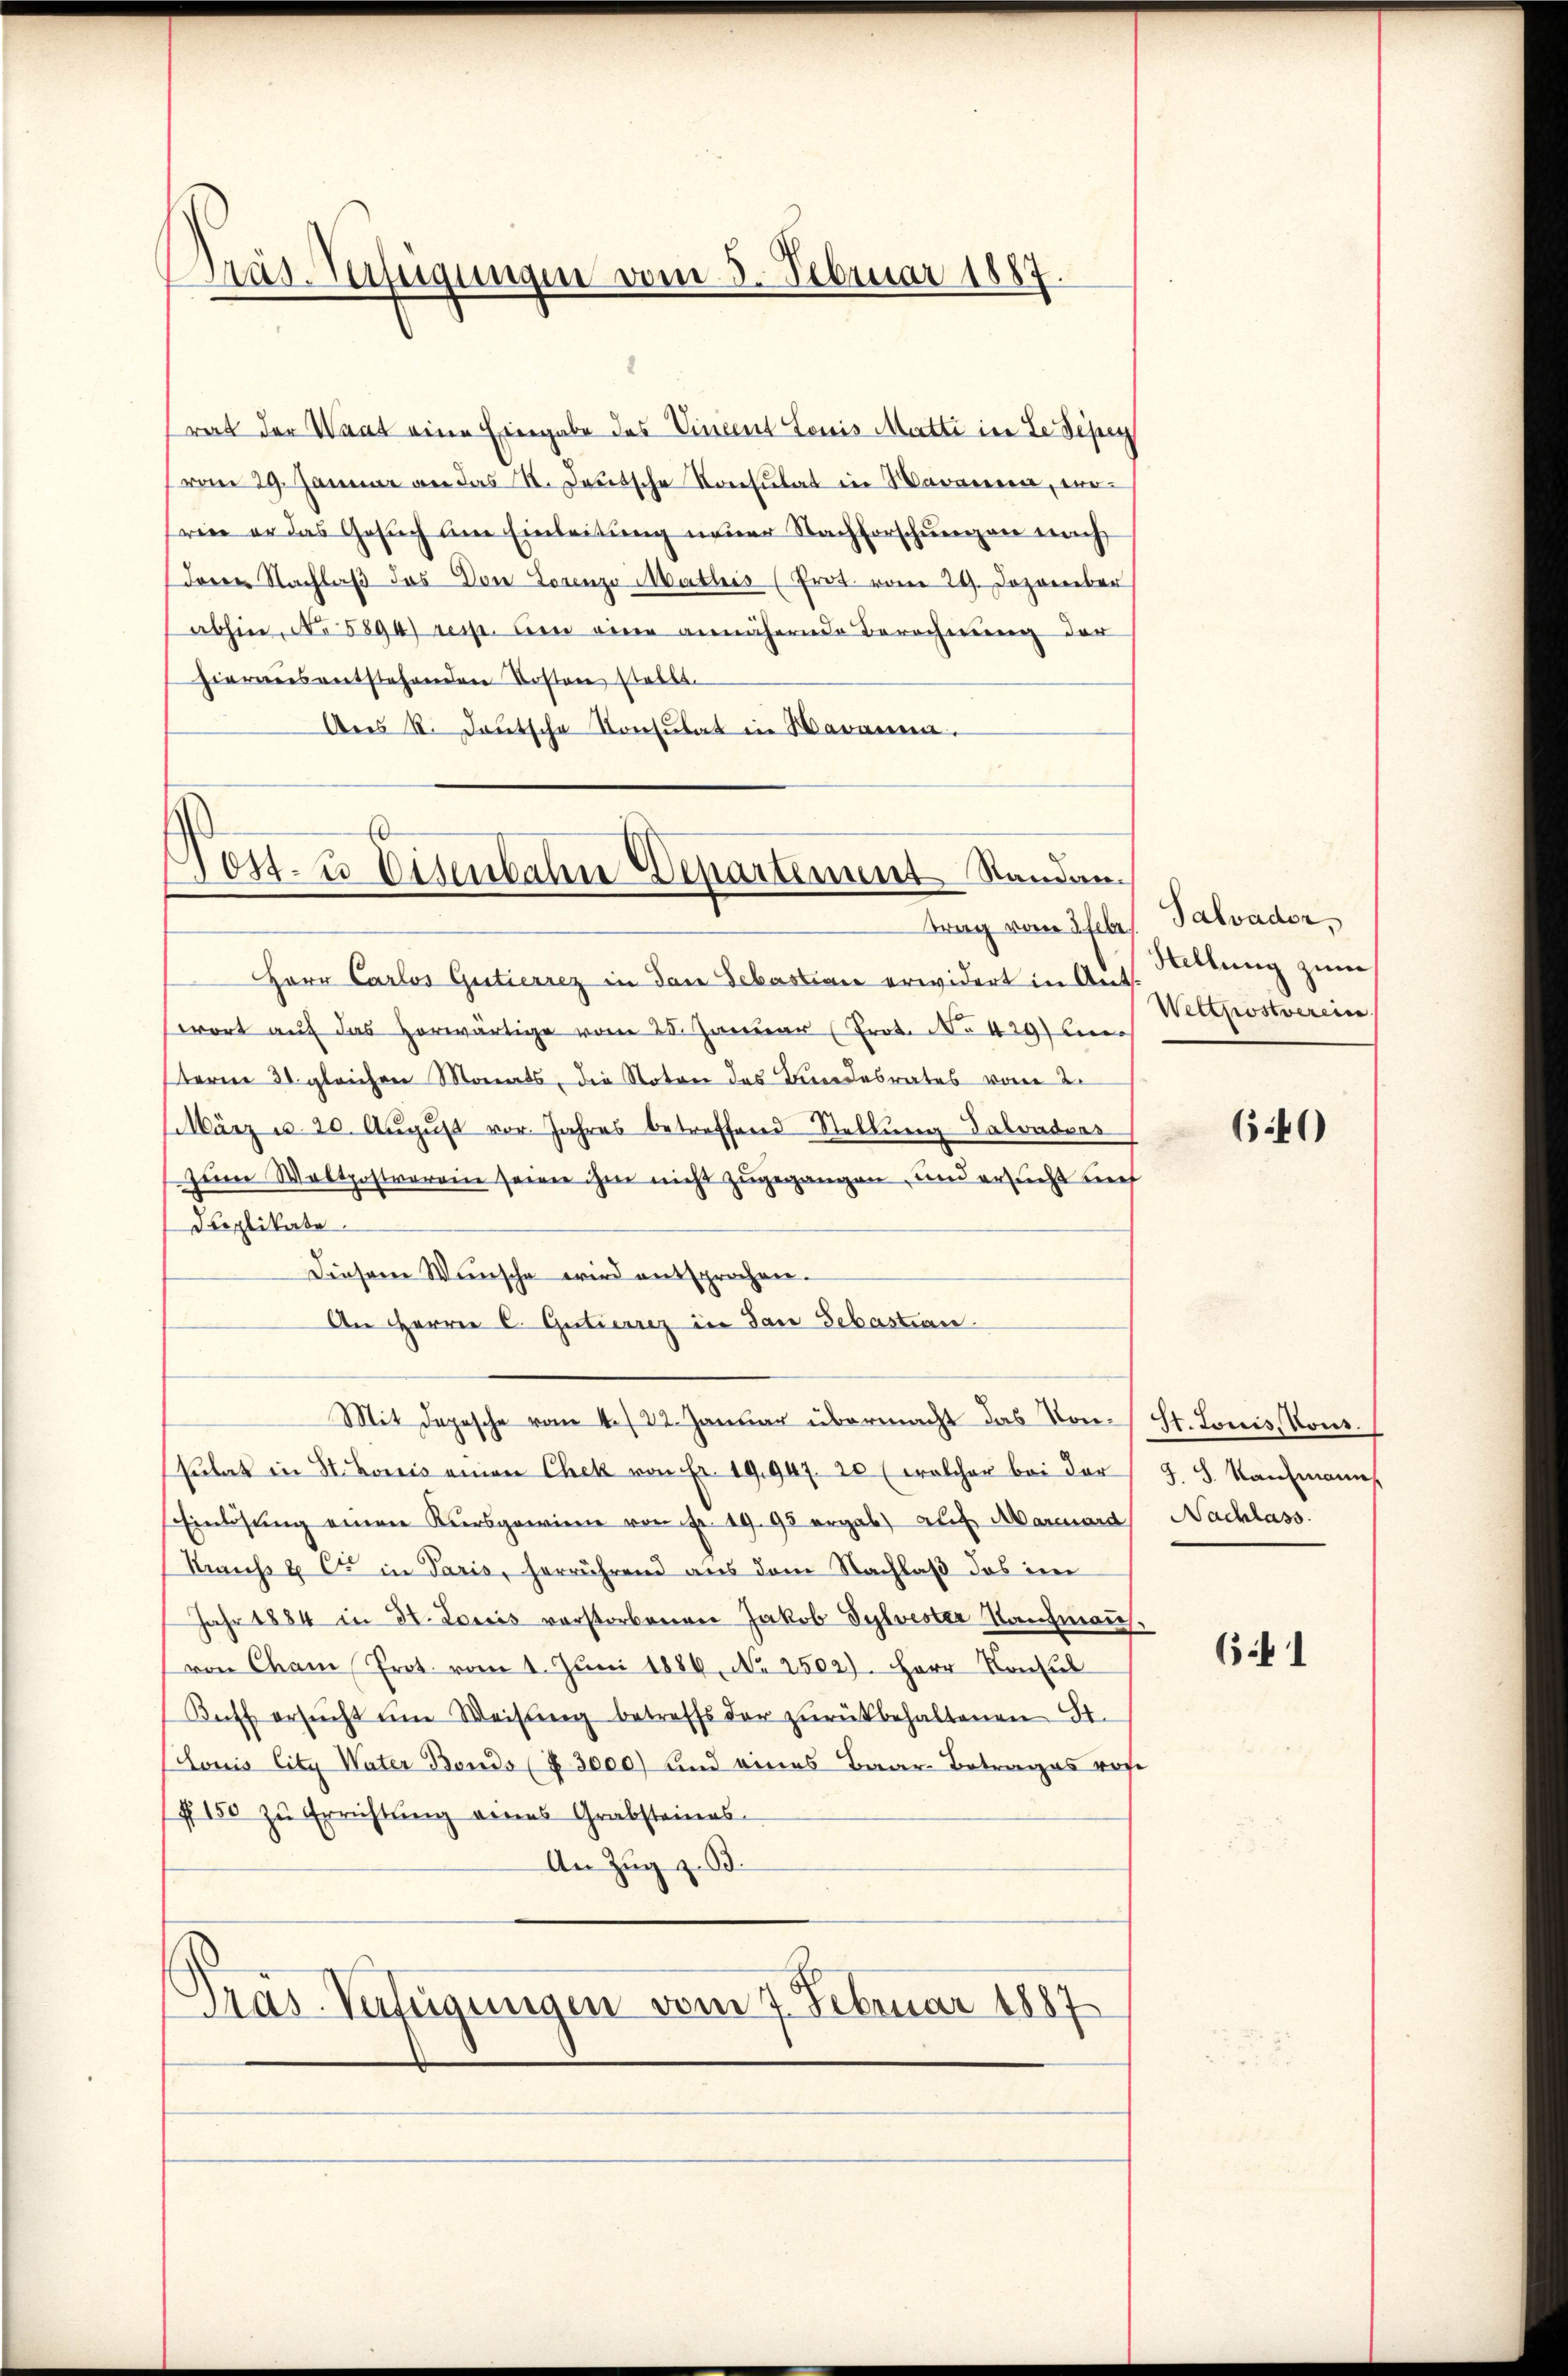
as. Verfügungen vom 5. Februar 1887.

rat der Waat eine Eingabe des Vincent Louis Matti in de disen
vom 29. Januar an das St. Jeutsche Konsulat in Warnennen, wowie er das Gesŭch ŭm Einleitung neuer Nachforschungen nach
deren Nachlaβ des Von Lorenze Mathis (Prot. vom 29. Dezember
abhin, No 5894 resp. den eine annähernde Berechnung der
hieraus entstehenden Kosten stellt.
Ans R. deŭtsche Konsulat in Waramen.

Post- u Vizenbahn Departement. Standen.

trag vom 3. Febr
Herr Carlos Gutierrez in den Sebastiane erwidert in Ant.
wort auf das Horwärtige vom 25. Januar (Prot. No 429 un
sterne 30 gleichen Monats, die Noten des Bundesrates vom 2.
März u. 20. Aŭgŭst vor. Jahres betreffend Stellung Salvaduas
zum Woltpostvereine seiner ihm nicht zugegangen, und ersucht nich
Duplikate.
Diesem Wünsche wird entsprochen.
An Herrn C. Gutierrez in dan Sebastian
Mit Depesche vom 4. 22. Januar übermacht das Kon¬
Pulat in St. Louis einen Chek von Fr. 19,947. 20 (welcher bei der J. J. Kaufmann
Einlösung einen Kursgewinne von Fr. 19. 95 ergab, auf Marmord) Nachlass.
Mans u C in Paris, herrührend aus dem Nachlaß das im
Jahr 1884 in St. Louis vorstorbenen Jakob Sylvester Kaufman
von Cham Prot. vom 1. Juni 1886, No 2502). Herr Konsul
Buff ersŭcht ŭm Weisŭng betreffs der zŭrückbehaltenen St.
(Louis City Vater Bonds (§ 3000) und eines Baar-Betrages rof
f 150 zu Errichtung eines Grabsteines-
An Zug z. B.
Gras-Verfügungen vom 7. Februar 1887

Salvader,
Stellung zum
Wettpostverein

640)

St. Louis, Vous.

641